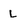
Character: l